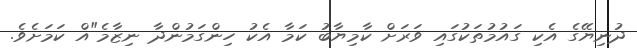
ދުނިޔޭގެ އެކި ގައުމުތަކުގައި ވަރަށް ކާމިޔާބު ކަމާ އެކު ހިންގަމުންދާ ނިޒާމެ"އް ކަމަށެވެ.